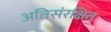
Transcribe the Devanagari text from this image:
अतिसंरक्षित